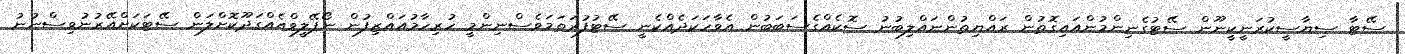
ސޭޓާ ސިޔާސީކުރަނީކީނޫން ސޭޓުގެނިންމުންއައިގޮތުން ރައްޔިތުންނައްލިބުނު ސޮކެއްގެސަބަބުން އެވާހަކަދެއްކެނީ ސޭޓުފުރަތަމަވެސްނިންމީ ހުރިހާމުއައްޒިފުން ނޯޕޭލީވްއެއްގަދޫކޮށްލަން ސޭޓަކަށްއޭރުނުވިސްނުނު